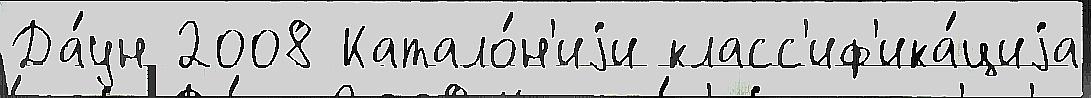
Да́ун 2008 Катало́н'иjи класс'иф'ика́циjа